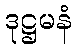
ဒုဋ္ဌမနံ